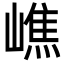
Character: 嶕